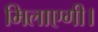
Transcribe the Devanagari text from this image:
मिलाएगी।